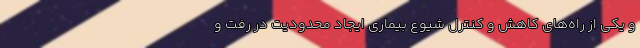
و یکی از راه‌های کاهش و کنترل شیوع بیماری ایجاد محدودیت در رفت و